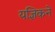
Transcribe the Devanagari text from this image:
यज्ञिकने